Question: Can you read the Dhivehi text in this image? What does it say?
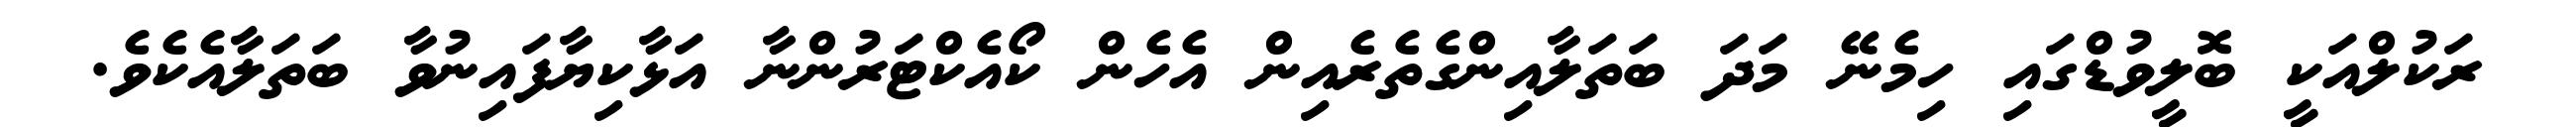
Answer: ރަކުލްއަކީ ބޮލީވުޑްގައި ހިމެނޭ މަދަ ބަތަލާއިންގެތެރެއިން އެހެން ކޯއެކްޓަރުންނާ އަޅާކިޔާފައިނުވާ ބަތަލާއެކެވެ.